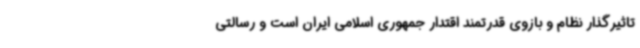
تاثیرگذار نظام و بازوی قدرتمند اقتدار جمهوری اسلامی ایران است و رسالتی